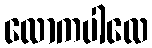
လောကပါလေ